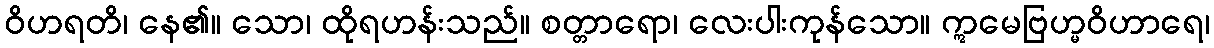
ဝိဟရတိ၊ နေ၏။ သော၊ ထိုရဟန်းသည်။ စတ္တာရော၊ လေးပါးကုန်သော။ ဣမေဗြဟ္မဝိဟာရေ၊